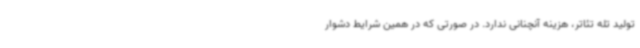
تولید تله تئاتر، هزینه آنچنانی ندارد. در صورتی که در همین شرایط دشوار